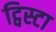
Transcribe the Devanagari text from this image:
ट्विस्टा